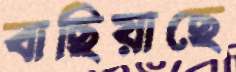
বাছিয়াছে